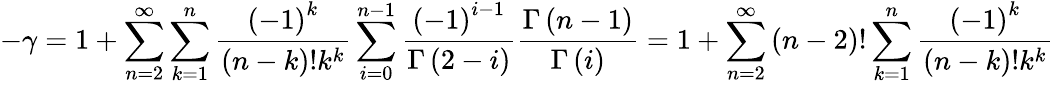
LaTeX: -\gamma=1+\sum_{n=2}^{\infty}\sum_{k=1}^{n}\frac{\left(-1\right)^{k}}{\left(n-k\right)!k^{k}}\sum_{i=0}^{n-1}\frac{\left(-1\right)^{i-1}}{\Gamma\left(2-i\right)}\frac{\Gamma\left(n-1\right)}{\Gamma\left(i\right)}=1+\sum_{n=2}^{\infty}\left(n-2\right)!\sum_{k=1}^{n}\frac{\left(-1\right)^{k}}{\left(n-k\right)!k^{k}}